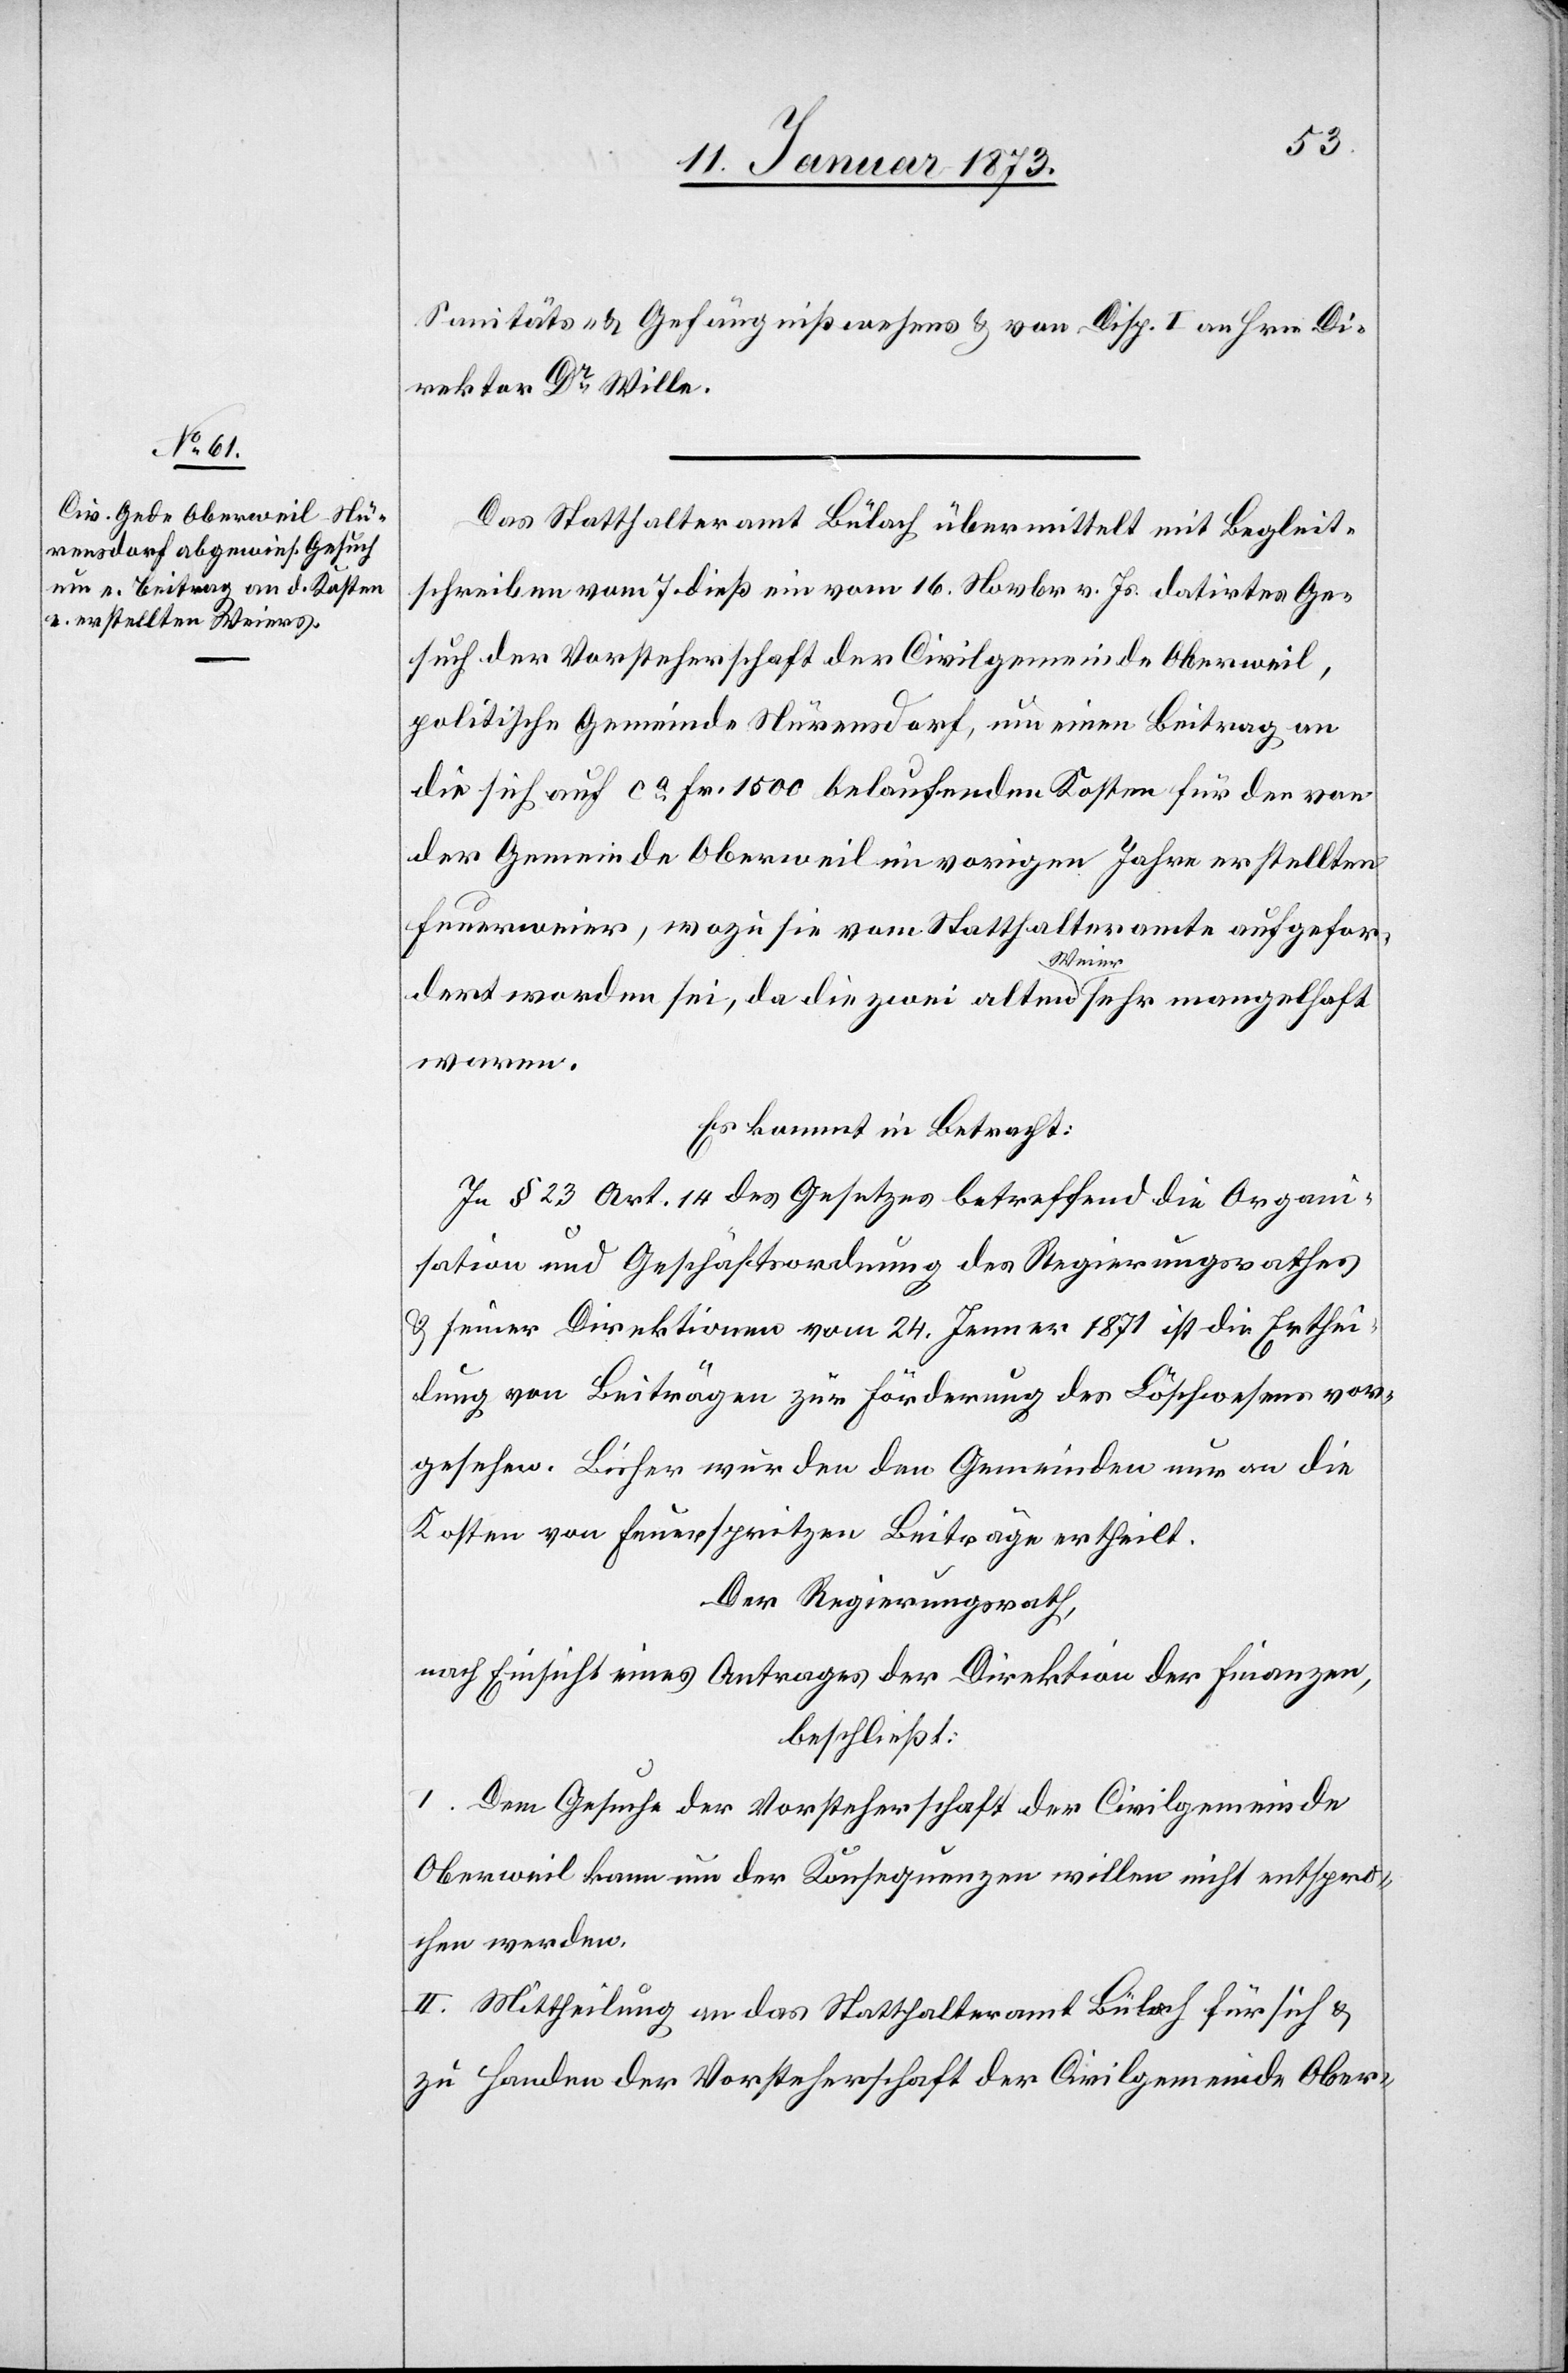
Sanitäts- & Gefängnißwesens & von Disp. I an Hrn. Di¬
rektor Dr. Wille.
Das Statthalteramt Bülach übermittelt mit Begleit¬
schreiben vom 7. dieß ein vom 16. Novbr. v. Js. datirtes Ge¬
such der Vorsteherschaft der Civilgemeinde Oberweil,
politische Gemeinde Nürensdorf, um einen Beitrag an
die sich auf ca. Fr. 1500 belaufenden Kosten für den von
der Gemeinde Oberweil im vorigen Jahre erstellten
Feuerweier, wozu sie vom Statthalteramte aufgefor¬
dert worden sei, da die zwei alten a-Weier-a sehr mangelhaft
waren.
Es kommt in Betracht:
in § 23 Art. 14 des Gesetzes betreffend die Organi¬
sation und Geschäftsordnung des Regierungsrathes
& seiner Direktionen vom 24. Jenner 1871 ist die Erthei¬
lung von Beiträgen zur Förderung des Löschwesens vor¬
gesehen. Bisher wurden den Gemeinden nur an die
Kosten von Feuerspritzen Beiträge ertheilt.
Der Regierungsrath,
nach Einsicht eines Antrages der Direktion der Finanzen,
beschließt:
I. Dem Gesuche der Vorsteherschaft der Civilgemeinde
Oberweil kann um der Konsequenzen willen nicht entspro¬
chen werden.
II. Mittheilung an das Statthalteramt Bülach für sich &
zu Handen der Vorsteherschaft der Civilgemeinde Ober-